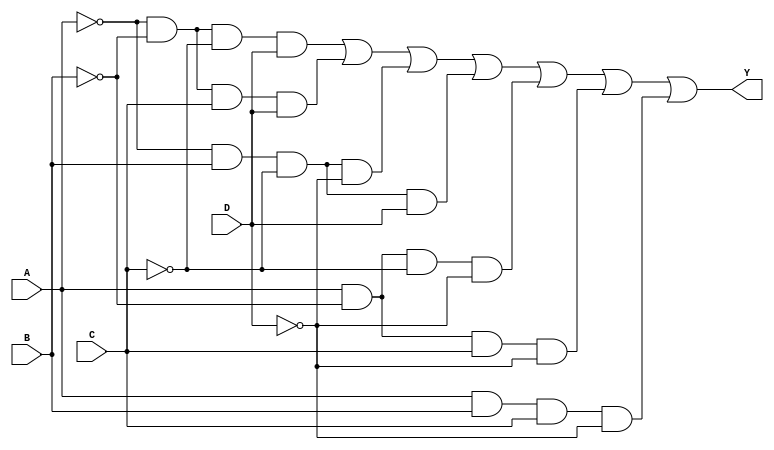
module kmap_comb_logic (
    input wire A,  // Input A
    input wire B,  // Input B
    input wire C,  // Input C
    input wire D,  // Input D
    output wire Y  // Output Y
);

// Internal signals for the minterms
wire m0 = ~A & ~B & ~C & ~D; // 0000
wire m1 = ~A & ~B & ~C & D;  // 0001
wire m2 = ~A & ~B & C & ~D;   // 0010
wire m3 = ~A & ~B & C & D;    // 0011
wire m4 = ~A & B & ~C & ~D;   // 0100
wire m5 = ~A & B & ~C & D;    // 0101
wire m6 = ~A & B & C & ~D;     // 0110
wire m7 = ~A & B & C & D;      // 0111
wire m8 = A & ~B & ~C & ~D;    // 1000
wire m9 = A & ~B & ~C & D;     // 1001
wire m10 = A & ~B & C & ~D;    // 1010
wire m11 = A & ~B & C & D;     // 1011
wire m12 = A & B & ~C & ~D;    // 1100
wire m13 = A & B & ~C & D;     // 1101
wire m14 = A & B & C & ~D;     // 1110
wire m15 = A & B & C & D;      // 1111

// K-map results based on truth table
// Here you need to enter the output values from K-map
assign Y = m1 | m3 | m4 | m5 | m8 | m10 | m14; // Example K-map grouping

endmodule